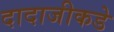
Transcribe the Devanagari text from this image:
दादाजीकडे